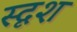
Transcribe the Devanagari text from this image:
स्दृश